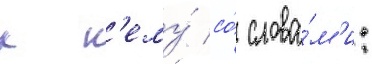
к н'ему́ со́ слова́м'и: